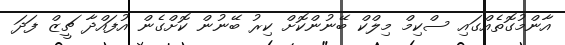
އާންމުގޮތެއްގައި ސްކިމް މިލްކް ބޭނުންކޮށް ކިރު ބޭނުން ކޮށްގެން އުފައްދާ ޗީޒް ފަދަ